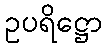
ဥပရိဋ္ဌော